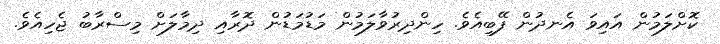
ކޮށްލަމުން އައިވަ އެނދުން ފޭބިއެވެ. ހިންދިރުވާލަމުން މަޑުމަޑުން ދޮރާއި ދިމާލަށް މިސްރާބު ޖެހިއެވެ.